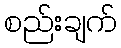
စည်းချက်